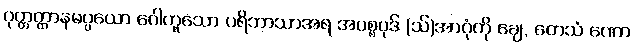
ဝုတ္တတ္ထာနမပ္ပယော ဂေါဟူသော ပရိဘာသာအရ အပစ္စပုဒ် (သ်)အာဂုံကို ချေ, တေသံ ဏော